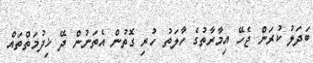
ބަދަލު ކުރަން ޖެހޭ އިމާރާތުގެ ހާލަތު ހުރި ގޮތުން އެތަނުން ދޭ ޚިދުމަތްތައް